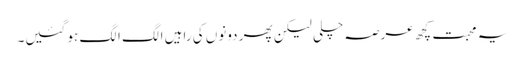
یہ محبت کچھ عرصہ چلی لیکن پھر دونوں کی راہیں الگ الگ ہو گئیں۔